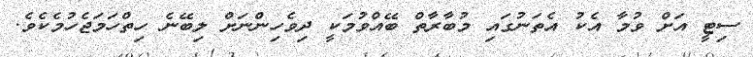
ސިޓީ އަށް ވުމާ އެކު އެތަނުގައި މުބާރާތް ބޭއްވުމަކީ ދިވެހިންނަށް ލިބޭނެ ހިތްހަމަޖެހުމެކެވެ.